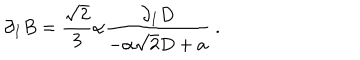
\partial _ { I } B = { \frac { \sqrt { 2 } } { 3 } } \alpha { \frac { \partial _ { I } D } { - \alpha \sqrt { 2 } D + a } } \ .